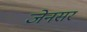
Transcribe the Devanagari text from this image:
जेनसर